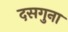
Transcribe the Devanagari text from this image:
दसगुना